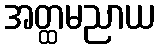
အတ္ထမညာယ